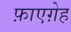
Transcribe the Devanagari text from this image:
फ़ाएग़ेह